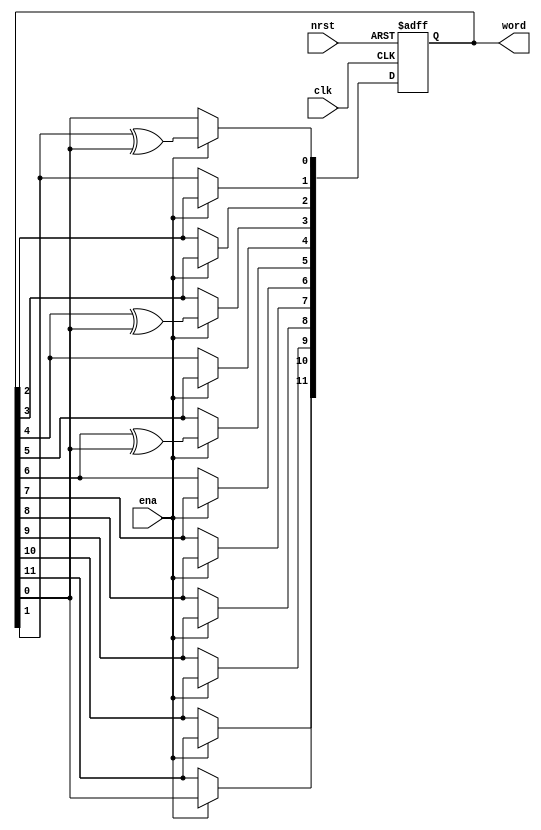
// (C) 2001-2013 Altera Corporation. All rights reserved.
// Your use of Altera Corporation's design tools, logic functions and other 
// software and tools, and its AMPP partner logic functions, and any output 
// files any of the foregoing (including device programming or simulation 
// files), and any associated documentation or information are expressly subject 
// to the terms and conditions of the Altera Program License Subscription 
// Agreement, Altera MegaCore Function License Agreement, or other applicable 
// license agreement, including, without limitation, that your use is for the 
// sole purpose of programming logic devices manufactured by Altera and sold by 
// Altera or its authorized distributors.  Please refer to the applicable 
// agreement for further details.


`timescale 1 ps / 1 ps

module rw_manager_lfsr12(
	clk, 
	nrst, 
	ena, 
	word
);

	input clk;
	input nrst;
	input ena;
	output reg [11:0] word;

	always @(posedge clk or negedge nrst) begin
		if(~nrst) begin
			word <= 12'b101001101011;
		end
		else if(ena) begin
			word[11] <= word[0];
			word[10] <= word[11];
			word[9] <= word[10];
			word[8] <= word[9];
			word[7] <= word[8];
			word[6] <= word[7];
			word[5] <= word[6] ^ word[0];
			word[4] <= word[5];
			word[3] <= word[4] ^ word[0];
			word[2] <= word[3];
			word[1] <= word[2];
			word[0] <= word[1] ^ word[0];
		end
	end

endmodule